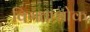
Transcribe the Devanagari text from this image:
विगताशोक